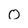
Character: O